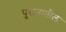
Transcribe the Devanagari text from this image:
पुरानातील